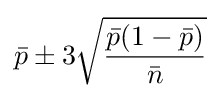
{\bar {p}}\pm 3{\sqrt {\frac {{\bar {p}}(1-{\bar {p}})}{\bar {n}}}}